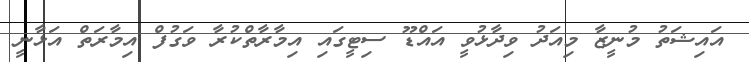
އައިޝަތު މުނީޒާ މިއަދު ވިދާޅުވީ އައްޑޫ ސިޓީގައި އިމާރާތްކުރާ ވަގުފް އިމާރަތް އަޅާނީ